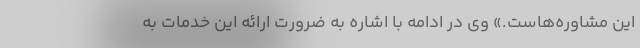
این مشاوره‌هاست.» وی در ادامه با اشاره به ضرورت ارائه این خدمات به